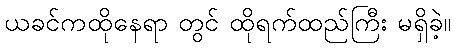
ယခင်ကထိုနေရာ တွင် ထိုရက်ထည်ကြီး မရှိခဲ့။